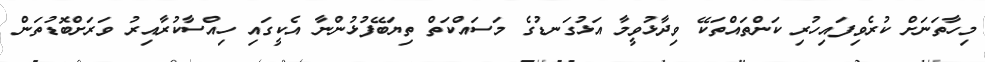
މިހާތަނަށް ކުރެވިފައިހުރި ކަންތައްތަކޭ ވިދާޅުވީމާ އަޅުގަނޑުގެ މަސައްކަތް ތިޔަބޭފުޅުންނާ އެކީގައި ހިއްސާކުރާއިރު ވަރަށްބޮޑުތަން